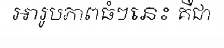
អារូបភាពធំៗនេះ គឺជា